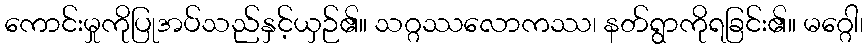
ကောင်းမှုကိုပြုအပ်သည်နှင့်ယှဉ်၏။ သဂ္ဂဿလောကဿ၊ နတ်ရွာကိုရခြင်း၏။ မဂ္ဂေါ၊